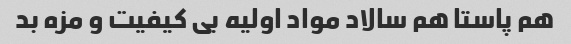
هم پاستا هم سالاد مواد اولیه بى کیفیت و مزه بد